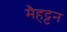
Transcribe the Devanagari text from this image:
मैहट्टन